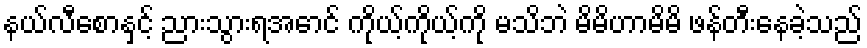
နယ်လီစောနှင့် ညားသွားရအောင် ကိုယ့်ကိုယ့်ကို မသိဘဲ မိမိဟာမိမိ ဖန်တီးနေခဲ့သည်